Annual administration report of the Civil Veterinary Department of India - 1902-1903
Year: 1902
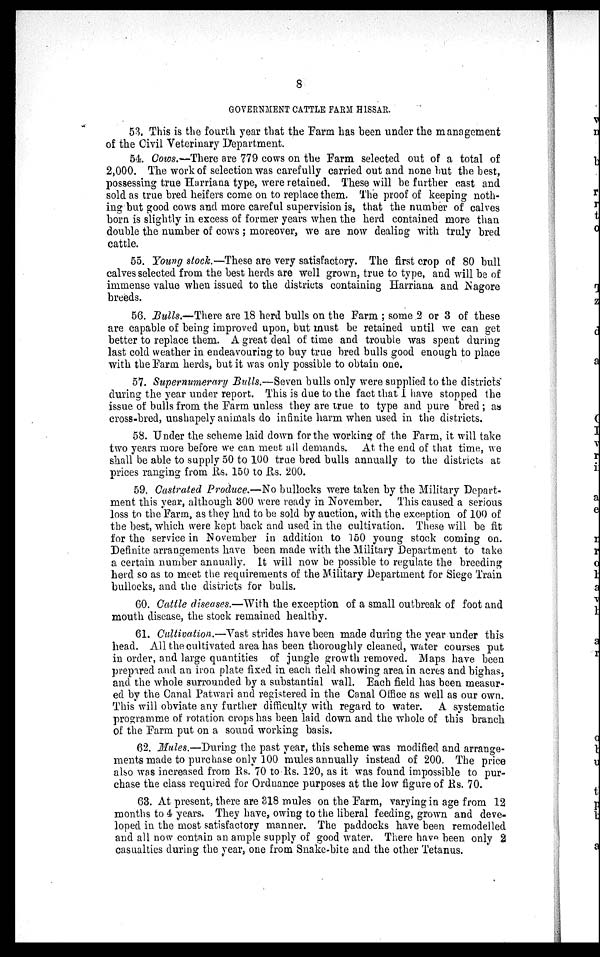
8
GOVERNMENT CATTLE FARM HISSAR.
53. This is the fourth year that the Farm has been under the management
of the Civil Veterinary Department.
54. Cows.—There are 779 cows on the Farm selected out of a total of
2,000. The work of selection was carefully carried out and none but the best,
possessing true Harriana type, were retained. These will be further cast and
sold as true bred heifers come on to replace them. The proof of keeping noth-
ing but good cows and more careful supervision is, that the number of calves
born is slightly in excess of former years when the herd contained more than
double the number of cows; moreover, we are now dealing with truly bred
cattle.
55. Young stock.—These are very satisfactory. The first crop of 80 bull
calves selected from the best herds are well grown, true to type, and will be of
immense value when issued to the districts containing Harriana and Nagore
breeds.
56. Bulls.—There are 18 herd bulls on the Farm; some 2 or 3 of these
are capable of being improved upon, but must be retained until we can get
better to replace them. A great deal of time and trouble was spent during
last cold weather in endeavouring to buy true bred bulls good enough to place
with the Farm herds, but it was only possible to obtain one.
57. Supernumerary Bulls.—Seven bulls only were supplied to the districts
during the year under report. This is due to the fact that I have stopped the
issue of bulls from the Farm unless they are true to type and pure bred; as
cross-bred, unshapely animals do infinite harm when used in the districts.
58. Under the scheme laid down for the working of the Farm, it will take
two years more before we can meet all demands. At the end of that time, we
shall be able to supply 50 to 100 true bred bulls annually to the districts at
prices ranging from Rs. 150 to Rs. 200.
59. Castrated Produce.—No bullocks were taken by the Military Depart-
ment this year, although 300 were ready in November. This caused a serious
loss to the Farm, as they had to be sold by auction, with the exception of 100 of
the best, which were kept back and used in the cultivation. These will be fit
for the service in November in addition to 150 young stock coming on.
Definite arrangements have been made with the Military Department to take
a certain number annually. It will now be possible to regulate the breeding
herd so as to meet the requirements of the Military Department for Siege Train
bullocks, and the districts for bulls.
60. Cattle diseases.—With the exception of a small outbreak of foot and
mouth disease, the stock remained healthy.
61. Cultivation.—Vast strides have been made during the year under this
head. All the cultivated area has been thoroughly cleaned, water courses put
in order, and large quantities of jungle growth removed. Maps have been
prepared and an iron plate fixed in each field showing area in acres and bighas,
and the whole surrounded by a substantial wall. Each field has been measur-
ed by the Canal Patwari and registered in the Canal Office as well as our own.
This will obviate any further difficulty with regard to water. A systematic
programme of rotation crops has been laid down and the whole of this branch
of the Farm put on a sound working basis.
62. Mules.—During the past year, this scheme was modified and arrange-
ments made to purchase only 100 mules annually instead of 200. The price
also was increased from Rs. 70 to Rs. 120, as it was found impossible to pur-
chase the class required for Ordnance purposes at the low figure of Rs. 70.
63. At present, there are 318 mules on the Farm, varying in age from 12
months to 4 years. They have, owing to the liberal feeding, grown and deve-
loped in the most satisfactory manner. The paddocks have been remodelled
and all now contain an ample supply of good water. There have been only 2
casualties during the year, one from Snake-bite and the other Tetanus.